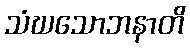
သံဃသောဘနာတိ